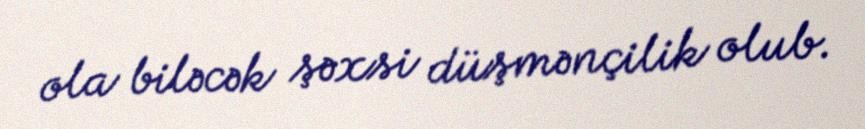
ola biləcək şəxsi düşmənçilik olub.